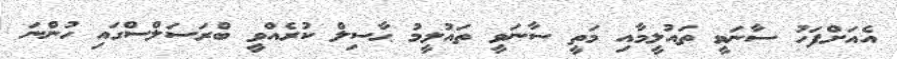
އެއަށްފަހު ސާނަވީ ތައުލީމާއި މަތީ ސާނަވީ ތައުލީމު ޙާސިލް ކުރެއްވީ ބްރަސަލްސްގައި ހުންނަ